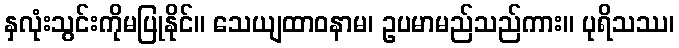
နှလုံးသွင်းကိုမပြုနိုင်။ သေယျထာဝနာမ၊ ဥပမာမည်သည်ကား။ ပုရိသဿ၊